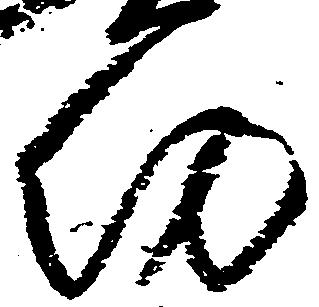
約